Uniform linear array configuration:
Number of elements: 12
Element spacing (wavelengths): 0.25
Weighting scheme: uniform
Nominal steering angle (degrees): -45
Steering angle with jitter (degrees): -44.21
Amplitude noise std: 0.05
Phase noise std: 0.05

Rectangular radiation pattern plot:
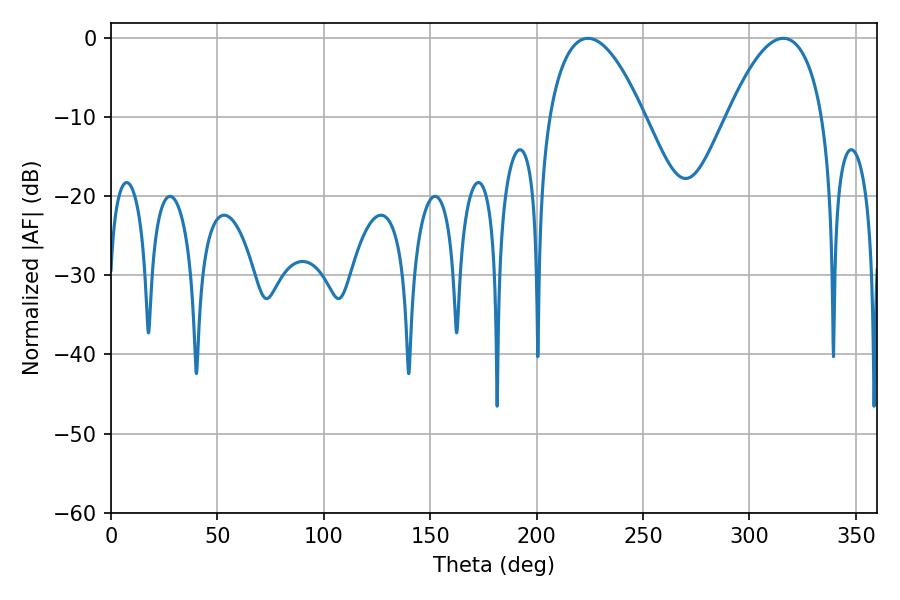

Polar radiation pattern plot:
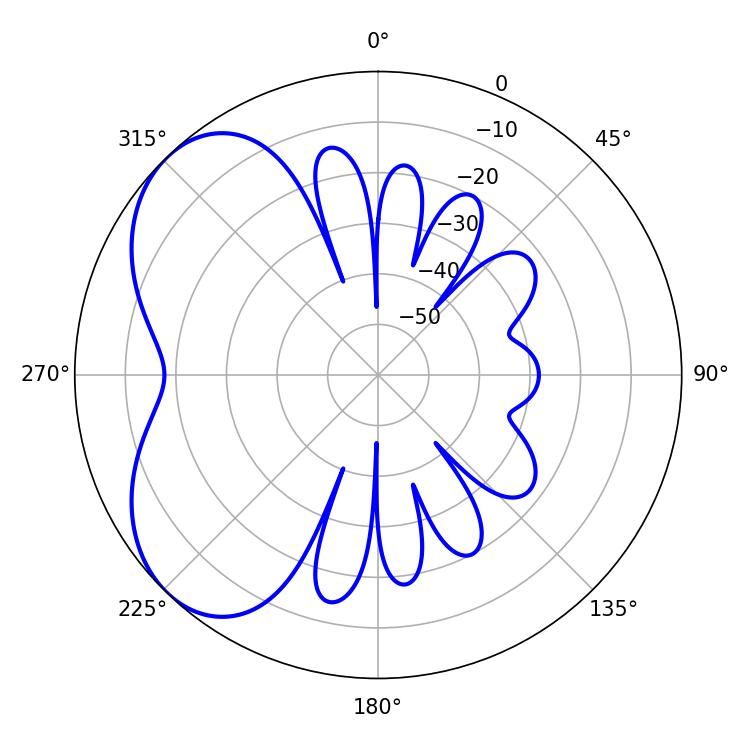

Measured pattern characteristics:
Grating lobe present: FALSE
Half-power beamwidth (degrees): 24.66
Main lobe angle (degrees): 315.9